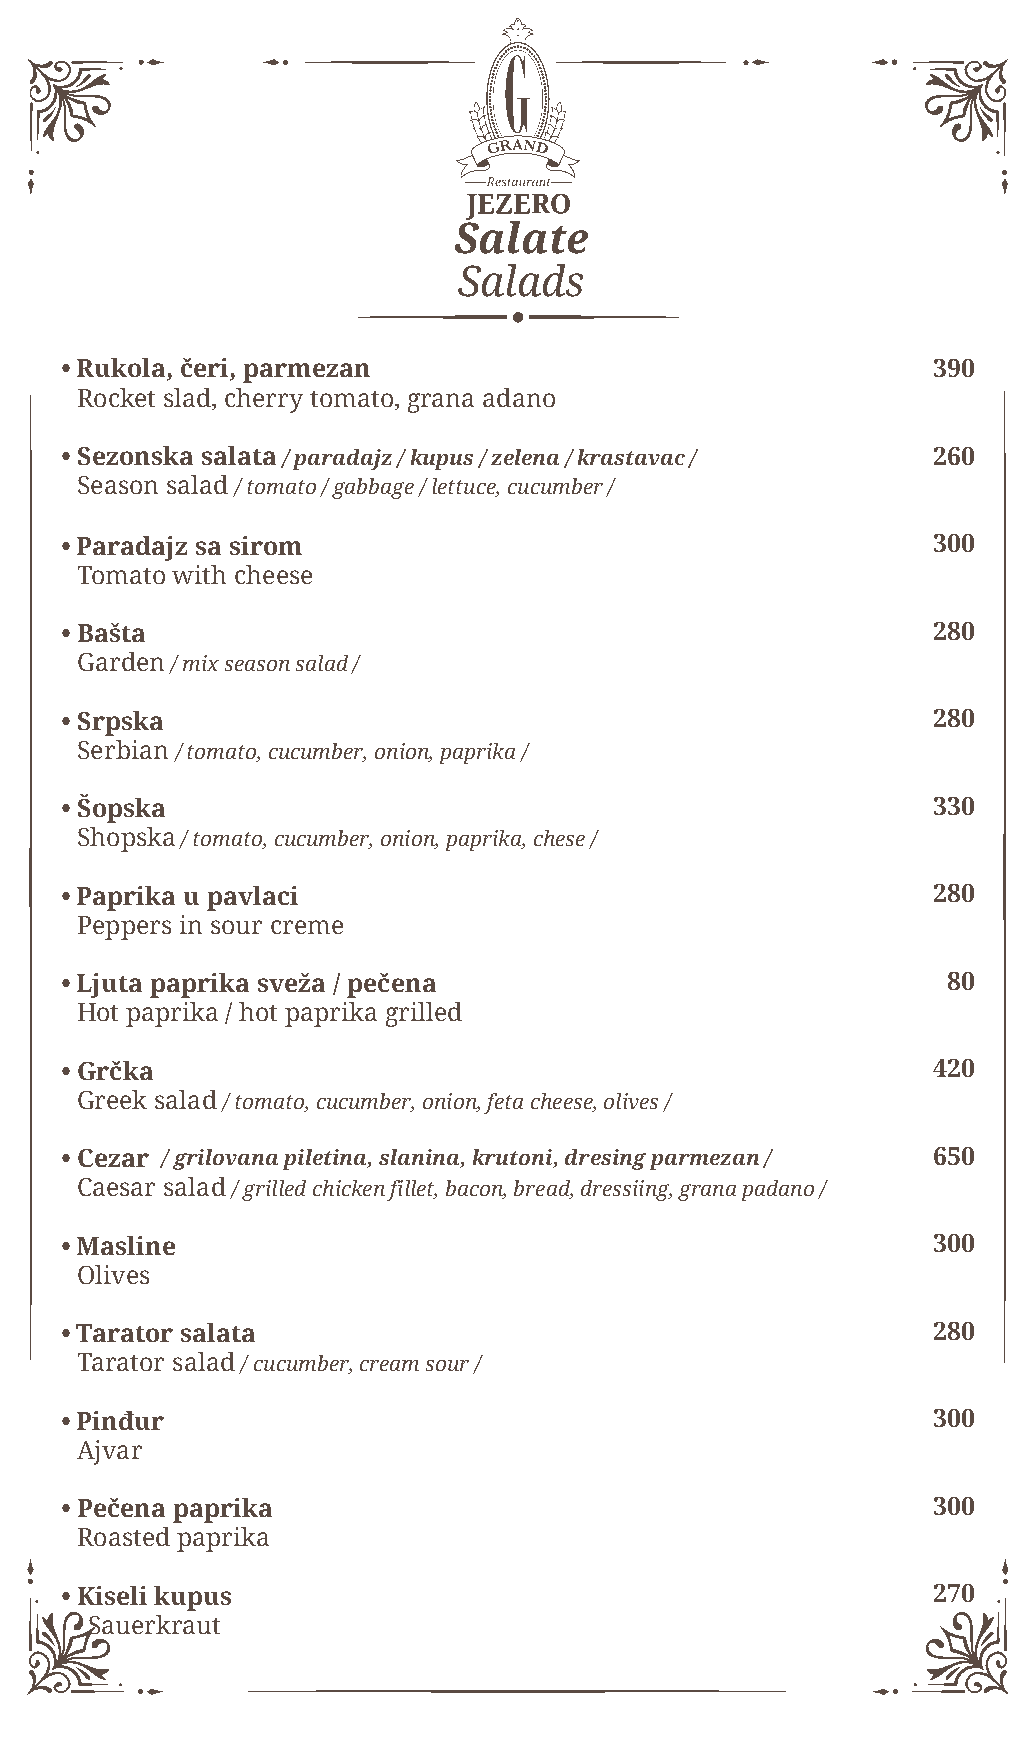
Salate
 Salads
 • Rukola, čeri, parmezan                                  390
 Rocket slad, cherry tomato, grana adano
 • Sezonska salata / paradajz / kupus / zelena / krastavac / 260
 Season salad / tomato / gabbage / lettuce, cucumber /
 • Paradajz sa sirom                                       300
 Tomato with cheese
 • Bašta                                                   280
 Garden / mix season salad /
 • Srpska                                                  280
 Serbian / tomato, cucumber, onion, paprika /
 • Šopska                                                  330
 Shopska / tomato, cucumber, onion, paprika, chese /
 • Paprika u pavlaci                                       280
 Peppers in sour creme
 • Ljuta paprika sveža / pečena                             80
 Hot paprika / hot paprika grilled
 • Grčka                                                   420
 Greek salad / tomato, cucumber, onion, feta cheese, olives /
 • Cezar / grilovana piletina, slanina, krutoni, dresing parmezan / 650
 Caesar salad / grilled chicken fillet, bacon, bread, dressiing, grana padano /
 • Masline                                                 300
 Olives
 • Tarator salata                                          280
 Tarator salad / cucumber, cream sour /
 • Pinđur                                                  300
 Ajvar
 • Pečena paprika                                          300
 Roasted paprika
 • Kiseli kupus                                            270
 Sauerkraut